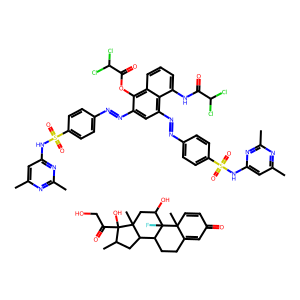
SMILES: CC1CC2C3CCC4=CC(=O)C=CC4(C)C3(F)C(O)CC2(C)C1(O)C(=O)CO.Cc1cc(NS(=O)(=O)c2ccc(N=Nc3cc(N=Nc4ccc(S(=O)(=O)Nc5cc(C)nc(C)n5)cc4)c4c(NC(=O)C(Cl)Cl)cccc4c3OC(=O)C(Cl)Cl)cc2)nc(C)n1
Inhibits HIV replication: No